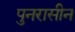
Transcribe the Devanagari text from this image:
पुनरासीन